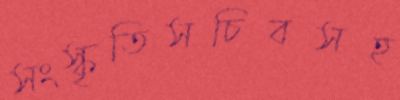
সংস্কৃতিসচিবসহ